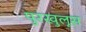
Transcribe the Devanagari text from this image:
पुरखुलूस